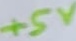
Text: +5V